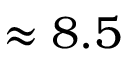
\approx 8 . 5